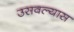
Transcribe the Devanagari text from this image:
उसवल्यास